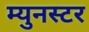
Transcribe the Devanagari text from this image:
म्युनस्टर